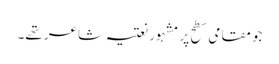
جو مقامی سطح پر مشہور نعتیہ شاعر تھے۔